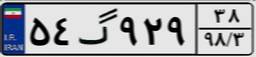
۵۴گ۹۲۹۳۸